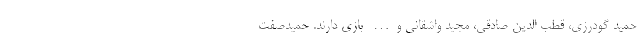
حمید گودرزی، قطب الدین صادقی، مجید واشقانی و… بازی دارند. حمیدصفت